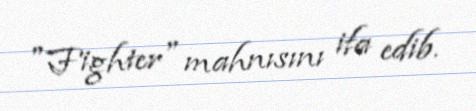
"Fighter" mahnısını ifa edib.